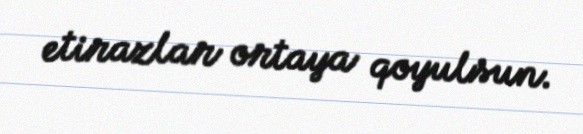
etirazlar ortaya qoyulsun.